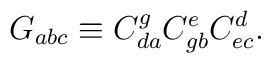
G_{abc}\equiv C_{da}^gC_{gb}^eC_{ec}^d.